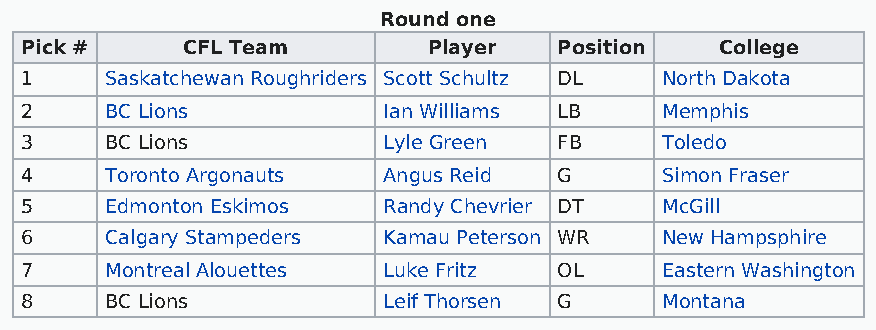
Round one
 Pick #     CFL Team        Player   Position   College
 1     Saskatchewan Roughriders Scott Schultz DL North Dakota
 2     BC Lions          Ian Williams LB    Memphis
 3     BC Lions          Lyle Green  FB     Toledo
 4     Toronto Argonauts Angus Reid  G      Simon Fraser
 5     Edmonton Eskimos  Randy Chevrier DT  McGill
 6     Calgary Stampeders Kamau Peterson WR New Hampsphire
 7     Montreal Alouettes Luke Fritz OL     Eastern Washington
 8     BC Lions          Leif Thorsen G     Montana